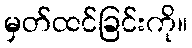
မှတ်ထင်ခြင်းကို။